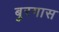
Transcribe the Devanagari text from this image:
बुरगास